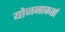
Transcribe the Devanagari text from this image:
योजनाकर्ता